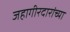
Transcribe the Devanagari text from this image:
जहागीरदारांच्या